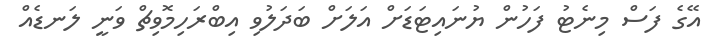
އޭގެ ފަސް މިނެޓު ފަހުން ޔުނައިޓަޑަށް އަލަށް ބަދަލުވި އިބްރަހިމޮވިޗް ވަނީ ލަނޑެއް